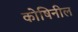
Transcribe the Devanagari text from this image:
कोषिनील